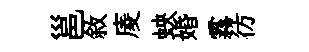
邕敘庱蛺婚霧彷